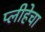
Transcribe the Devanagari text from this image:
प्लीहेचा